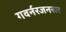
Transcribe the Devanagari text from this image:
गवर्नरजनरल